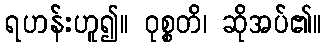
ရဟန်းဟူ၍။ ဝုစ္စတိ၊ ဆိုအပ်၏။